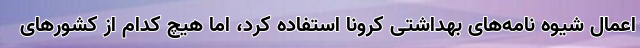
اعمال شیوه نامه‌های بهداشتی کرونا استفاده کرد، اما هیچ کدام از کشورهای